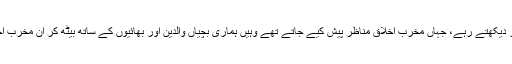
گھروں میں ٹیلیویژن ساتھ میں بیٹھ کر دیکھتے رہے، جہاں مخرب اخلاق مناظر پیش کیے جاتے تھے وہیں ہماری بچیاں والدین اور بھائیوں کے ساتھ بیٹھ کر ان مخرب اخلاق مناظر پر تبصرے کررہی تھیں۔